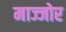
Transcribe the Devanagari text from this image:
माज्जोर